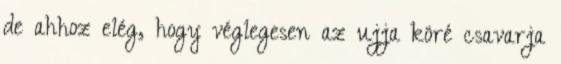
de ahhoz elég, hogy véglegesen az ujja köré csavarja